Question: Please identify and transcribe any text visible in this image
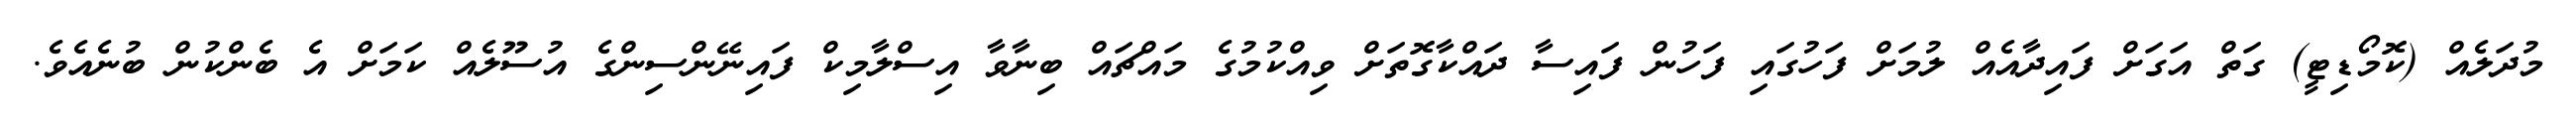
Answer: މުދަލެއް (ކޮމޯޑިޓީ) ގަތް އަގަށް ފައިދާއެއް ލުމަށް ފަހުގައި ފަހުން ފައިސާ ދައްކާގޮތަށް ވިއްކުމުގެ މައްޗައް ބިނާވާ އިސްލާމިކް ފައިނޭންސިންގެ އުސޫލެއް ކަމަށް އެ ބެންކުން ބުނެއެވެ.